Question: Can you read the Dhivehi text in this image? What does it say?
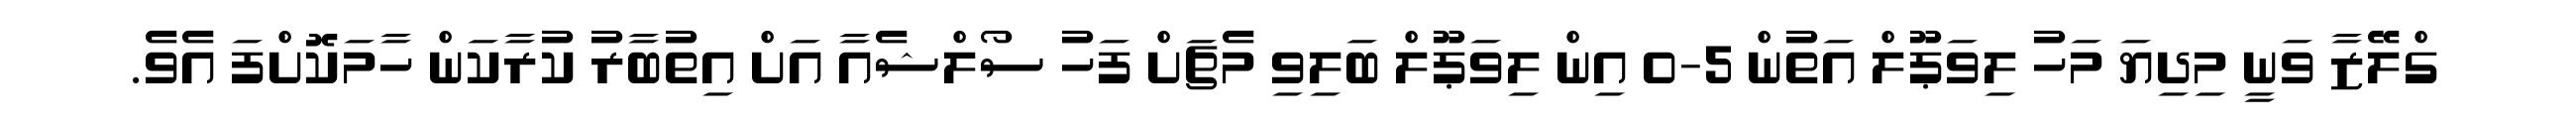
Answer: ގްލޭޒާ ވަނީ މިދިޔަ މަހު ލިވަޕޫލް އަތުން 5-0 އިން ލިވަޕޫލް ބަލިވި މެޗަށް ފަހު ސޯލްޝެއާ އަށް އިތުބާރު ކުރާކަން ހާމަކޮށްފަ އެވެ.